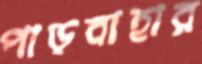
পাড়বাহার